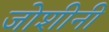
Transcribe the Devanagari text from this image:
जोशीनी